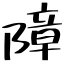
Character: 障